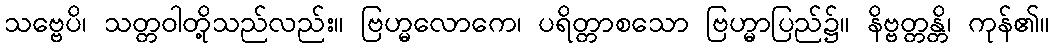
သဗ္ဗေပိ၊ သတ္တဝါတို့သည်လည်း။ ဗြဟ္မလောကေ၊ ပရိတ္တာစသော ဗြဟ္မာပြည်၌။ နိဗ္ဗတ္တန္တိ၊ ကုန်၏။